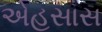
એહસાસ